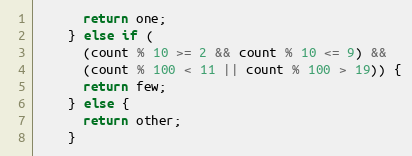
Language: JavaScript
      return one;
    } else if (
      (count % 10 >= 2 && count % 10 <= 9) &&
      (count % 100 < 11 || count % 100 > 19)) {
      return few;
    } else {
      return other;
    }